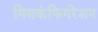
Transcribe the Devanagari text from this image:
मिसकंफिगरेशन